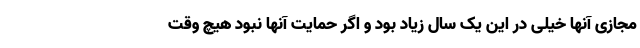
مجازی آنها خیلی در این یک سال زیاد بود و اگر حمایت آنها نبود هیچ وقت